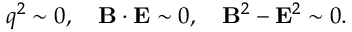
q ^ { 2 } \sim 0 , \quad { \bf B } \cdot { \bf E } \sim 0 , \quad { \bf B } ^ { 2 } - { \bf E } ^ { 2 } \sim 0 .